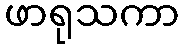
ဖာရုသကာ